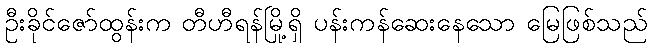
ဦးခိုင်ဇော်ထွန်းက တီဟီရန်မြို့ရှိ ပန်းကန်ဆေးနေသော မြေဖြစ်သည်